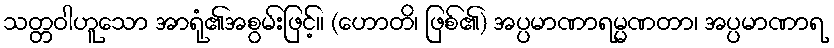
သတ္တဝါဟူသော အာရုံ၏အစွမ်းဖြင့်။ (ဟောတိ၊ ဖြစ်၏) အပ္ပမာဏာရမ္မဏတာ၊ အပ္ပမာဏာရ